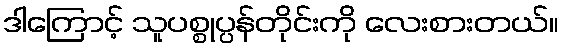
ဒါကြောင့် သူပစ္စုပ္ပန်တိုင်းကို လေးစားတယ်။